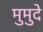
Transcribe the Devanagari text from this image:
मुमुदे